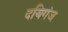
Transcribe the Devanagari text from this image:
दयिगंज